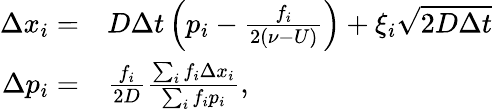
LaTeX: \begin{array}{rl}{\Delta x_{i}=}&{{}D\Delta t\left(p_{i}-\frac{f_{i}}{2(\nu-U)}\right)+\xi_{i}\sqrt{2D\Delta t}}\\ {\Delta p_{i}=}&{{}\frac{f_{i}}{2D}\frac{\sum_{i}f_{i}\Delta x_{i}}{\sum_{i}f_{i}p_{i}},}\end{array}